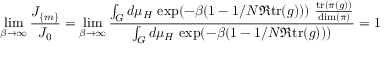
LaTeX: \operatorname * { l i m } _ { \beta \to \infty } \frac { J _ { \{ m \} } } { J _ { 0 } } = \operatorname * { l i m } _ { \beta \to \infty } \frac { \int _ { G } d \mu _ { H } \, \exp ( - \beta ( 1 - 1 / N \Re \mathrm { t r } ( g ) ) ) \, \, \frac { \mathrm { t r } ( \pi ( g ) ) } { \mathrm { d i m } ( \pi ) } } { \int _ { G } d \mu _ { H } \, \exp ( - \beta ( 1 - 1 / N \Re \mathrm { t r } ( g ) ) ) } = 1